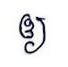
ឲ្យ